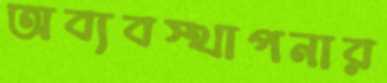
অব্যবস্থাপনার